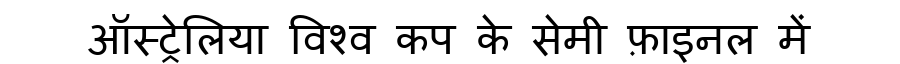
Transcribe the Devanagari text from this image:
ऑस्ट्रेलिया विश्व कप के सेमी फ़ाइनल में